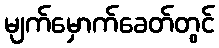
မျက်မှောက်ခေတ်တွင်